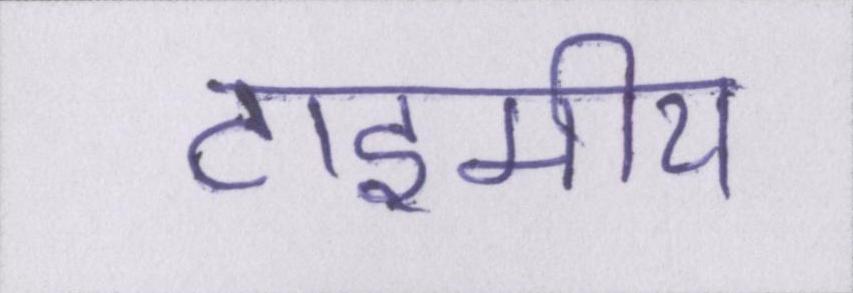
टाइमीय